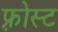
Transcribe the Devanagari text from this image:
फ़्रोस्ट